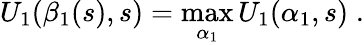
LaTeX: U_{1}(\beta_{1}(s),s)=\operatorname*{max}_{\alpha_{1}}U_{1}(\alpha_{1},s)\; .